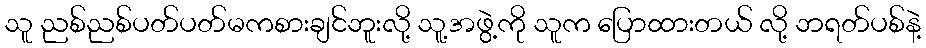
သူ ညစ်ညစ်ပတ်ပတ်မကစားချင်ဘူးလို့ သူ့အဖွဲ့ကို သူက ပြောထားတယ် လို့ ဘရတ်ပစ်နဲ့